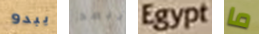
يبدو نبعد Egypt ما